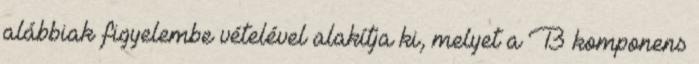
alábbiak figyelembe vételével alakítja ki, melyet a B komponens